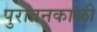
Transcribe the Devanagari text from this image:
पुरातनकाळी